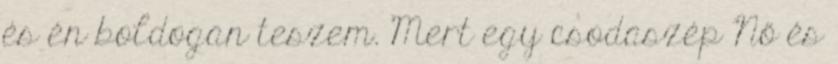
és én boldogan teszem. Mert egy csodaszép Nő és